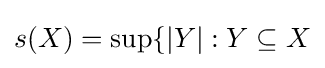
s(X)=\sup\{|Y|:Y\subseteq X